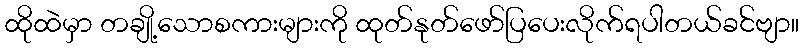
ထိုထဲမှာ တချို့သောစကားများကို ထုတ်နုတ်ဖော်ပြပေးလိုက်ရပါတယ်ခင်ဗျာ။